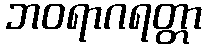
ဘဝရာဂရတ္တာ